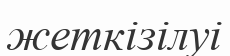
жеткізілуі